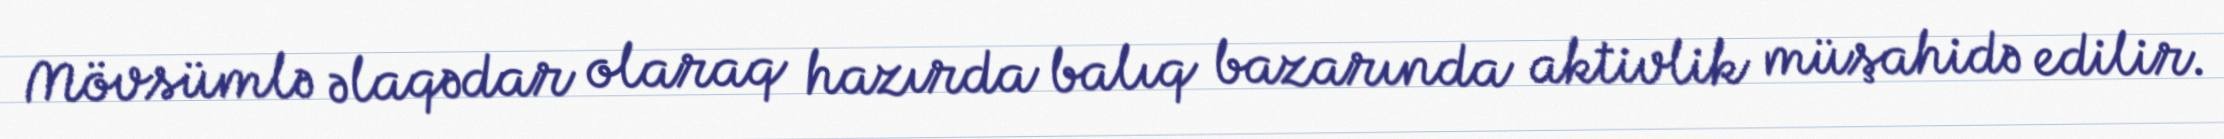
Mövsümlə əlaqədar olaraq hazırda balıq bazarında aktivlik müşahidə edilir.